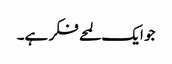
جو ایک لمحے فکر ہے۔